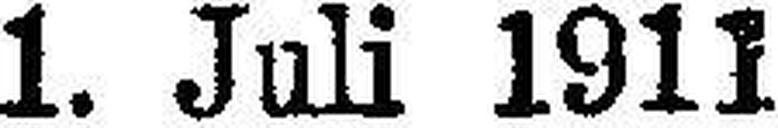
1. Juli 1911